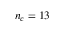
n _ { c } = 1 3